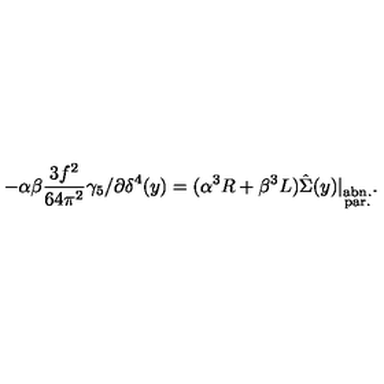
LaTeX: - \alpha \beta \frac { 3 f ^ { 2 } } { 6 4 \pi ^ { 2 } } \gamma _ { 5 } / \partial \delta ^ { 4 } ( y ) = ( \alpha ^ { 3 } R + \beta ^ { 3 } L ) \hat { \Sigma } ( y ) | _ { \stackrel { { \scriptstyle \mathrm { a b n . } } } { { \scriptstyle \mathrm { p a r . } } } } .